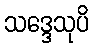
သဒ္ဒေသုပိ